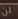
لن